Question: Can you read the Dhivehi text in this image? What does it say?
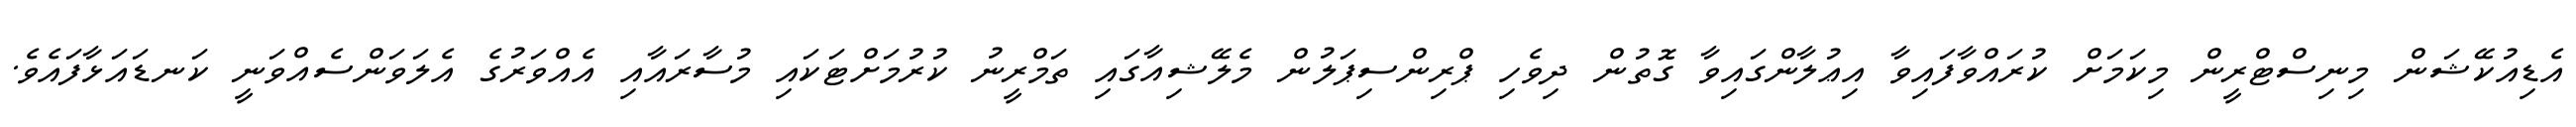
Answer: އެޑިއުކޭޝަން މިނިސްޓްރީން މިކަމަށް ކުރައްވާފައިވާ އިޢުލާންގައިވާ ގޮތުން ދިވެހި ޕްރިންސިޕަލުން މެލޭޝިއާގައި ތަމްރީނު ކުރުމަށްޓަކައި މުސާރައާއި އެއްވަރުގެ އެލަވަންސެއްވަނީ ކަނޑައަޅާފައެވެ.